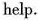
help.